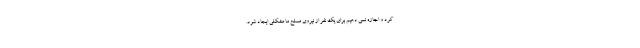
کرد و اجازه نمى دهیم براى یک نفر از نیروى مسلح ما مشکلى ایجاد شود.